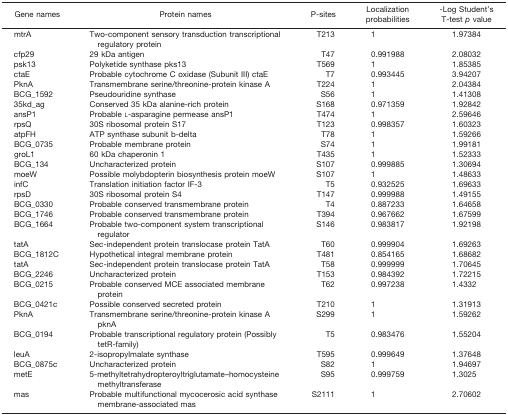
<table><thead><tr><td><b>Gene names</b></td><td><b>Protein names</b></td><td><b>P-sites</b></td><td><b>Localization probabilities</b></td><td><b>-Log Student&#x27;s T-test <i>p</i> value</b></td></tr></thead><tbody><tr><td>mtrA</td><td>Two-component sensory transduction transcriptional regulatory protein</td><td>T213</td><td>1</td><td>1.97384</td></tr><tr><td>cfp29</td><td>29 kDa antigen</td><td>T47</td><td>0.991988</td><td>2.08032</td></tr><tr><td>psk13</td><td>Polyketide synthase pks13</td><td>T569</td><td>1</td><td>1.85385</td></tr><tr><td>ctaE</td><td>Probable cytochrome C oxidase (Subunit III) ctaE</td><td>T7</td><td>0.993445</td><td>3.94207</td></tr><tr><td>PknA</td><td>Transmembrane serine/threonine-protein kinase A</td><td>T224</td><td>1</td><td>2.04384</td></tr><tr><td>BCG_1592</td><td>Pseudouridine synthase</td><td>S56</td><td>1</td><td>1.41308</td></tr><tr><td>35kd_ag</td><td>Conserved 35 kDa alanine-rich protein</td><td>S168</td><td>0.971359</td><td>1.92842</td></tr><tr><td>ansP1</td><td>Probable l-asparagine permease ansP1</td><td>T474</td><td>1</td><td>2.59646</td></tr><tr><td>rpsQ</td><td>30S ribosomal protein S17</td><td>T123</td><td>0.998357</td><td>1.60323</td></tr><tr><td>atpFH</td><td>ATP synthase subunit b-delta</td><td>T78</td><td>1</td><td>1.59266</td></tr><tr><td>BCG_0735</td><td>Probable membrane protein</td><td>S74</td><td>1</td><td>1.99181</td></tr><tr><td>groL1</td><td>60 kDa chaperonin 1</td><td>T435</td><td>1</td><td>1.52333</td></tr><tr><td>BCG_134</td><td>Uncharacterized protein</td><td>S107</td><td>0.999885</td><td>1.30694</td></tr><tr><td>moeW</td><td>Possible molybdopterin biosynthesis protein moeW</td><td>S107</td><td>1</td><td>1.48633</td></tr><tr><td>infC</td><td>Translation initiation factor IF-3</td><td>T5</td><td>0.932525</td><td>1.69633</td></tr><tr><td>rpsD</td><td>30S ribosomal protein S4</td><td>T147</td><td>0.999988</td><td>1.49155</td></tr><tr><td>BCG_0330</td><td>Probable conserved transmembrane protein</td><td>T4</td><td>0.887233</td><td>1.64658</td></tr><tr><td>BCG_1746</td><td>Probable conserved transmembrane protein</td><td>T394</td><td>0.967662</td><td>1.67599</td></tr><tr><td>BCG_1664</td><td>Probable two-component system transcriptional regulator</td><td>S146</td><td>0.983817</td><td>1.92198</td></tr><tr><td>tatA</td><td>Sec-independent protein translocase protein TatA</td><td>T60</td><td>0.999904</td><td>1.69263</td></tr><tr><td>BCG_1812C</td><td>Hypothetical integral membrane protein</td><td>T481</td><td>0.854165</td><td>1.68682</td></tr><tr><td>tatA</td><td>Sec-independent protein translocase protein TatA</td><td>T58</td><td>0.999999</td><td>1.70645</td></tr><tr><td>BCG_2246</td><td>Uncharacterized protein</td><td>T153</td><td>0.984392</td><td>1.72215</td></tr><tr><td>BCG_0215</td><td>Probable conserved MCE associated membrane protein</td><td>T62</td><td>0.997238</td><td>1.4332</td></tr><tr><td>BCG_0421c</td><td>Possible conserved secreted protein</td><td>T210</td><td>1</td><td>1.31913</td></tr><tr><td>PknA</td><td>Transmembrane serine/threonine-protein kinase A pknA</td><td>S299</td><td>1</td><td>1.59262</td></tr><tr><td>BCG_0194</td><td>Probable transcriptional regulatory protein (Possibly tetR-family)</td><td>T5</td><td>0.983476</td><td>1.55204</td></tr><tr><td>leuA</td><td>2-isopropylmalate synthase</td><td>T595</td><td>0.999649</td><td>1.37648</td></tr><tr><td>BCG_0875c</td><td>Uncharacterized protein</td><td>S82</td><td>1</td><td>1.94697</td></tr><tr><td>metE</td><td>5-methyltetrahydropteroyltriglutamate–homocysteine methyltransferase</td><td>S95</td><td>0.999759</td><td>1.3025</td></tr><tr><td>mas</td><td>Probable multifunctional mycocerosic acid synthase membrane-associated mas</td><td>S2111</td><td>1</td><td>2.70602</td></tr></tbody></table>